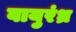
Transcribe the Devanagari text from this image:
वायुरंध्र